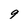
Character: 9